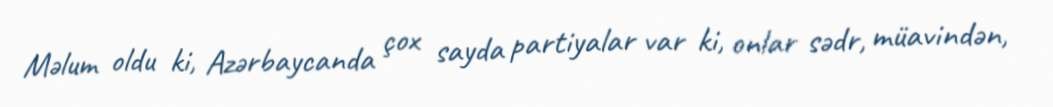
Məlum oldu ki, Azərbaycanda çox sayda partiyalar var ki, onlar sədr, müavindən,